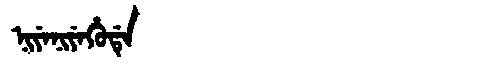
Manchu: ᠨᡳᠶᡝᠨᡳᠶᡝᡥᡠᡩᡝ
Romanization: NIYENIYEHUDE